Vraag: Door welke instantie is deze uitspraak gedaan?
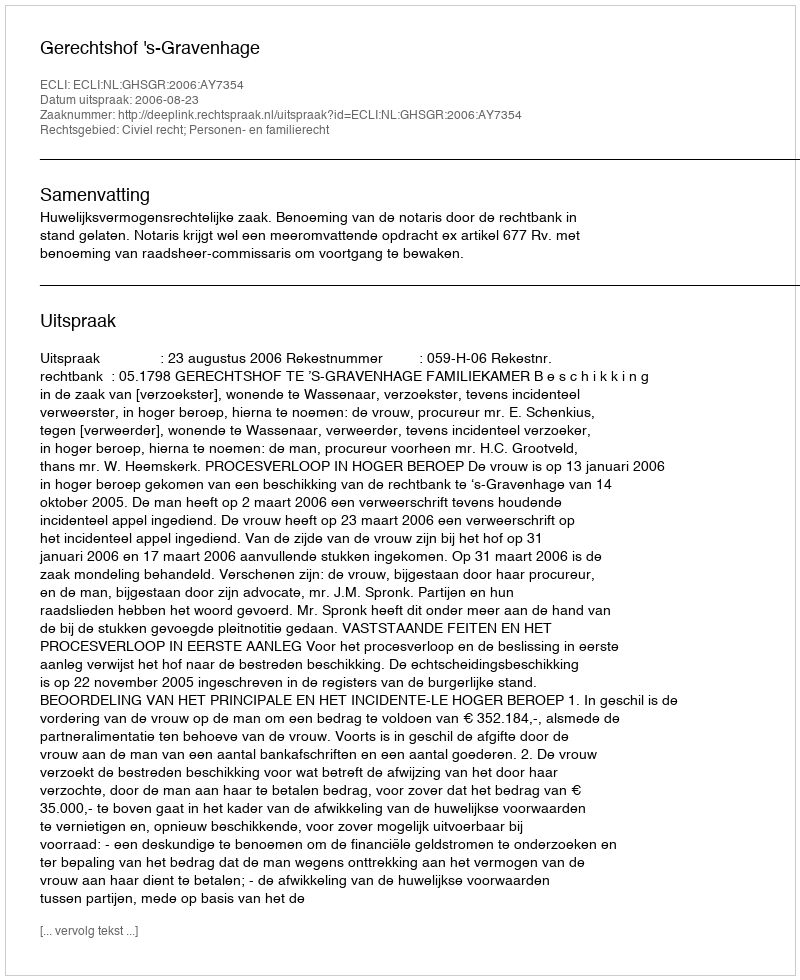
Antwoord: Gerechtshof 's-Gravenhage